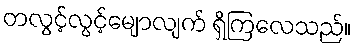
တလွင့်လွင့်မျောလျက် ရှိကြလေသည်။